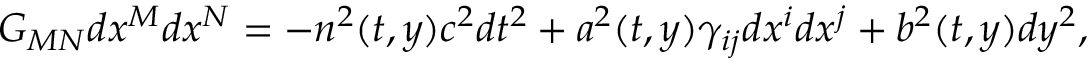
G _ { M N } d x ^ { M } d x ^ { N } = - n ^ { 2 } ( t , y ) c ^ { 2 } d t ^ { 2 } + a ^ { 2 } ( t , y ) \gamma _ { i j } d x ^ { i } d x ^ { j } + b ^ { 2 } ( t , y ) d y ^ { 2 } ,